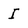
Character: I